Indian Medical Review
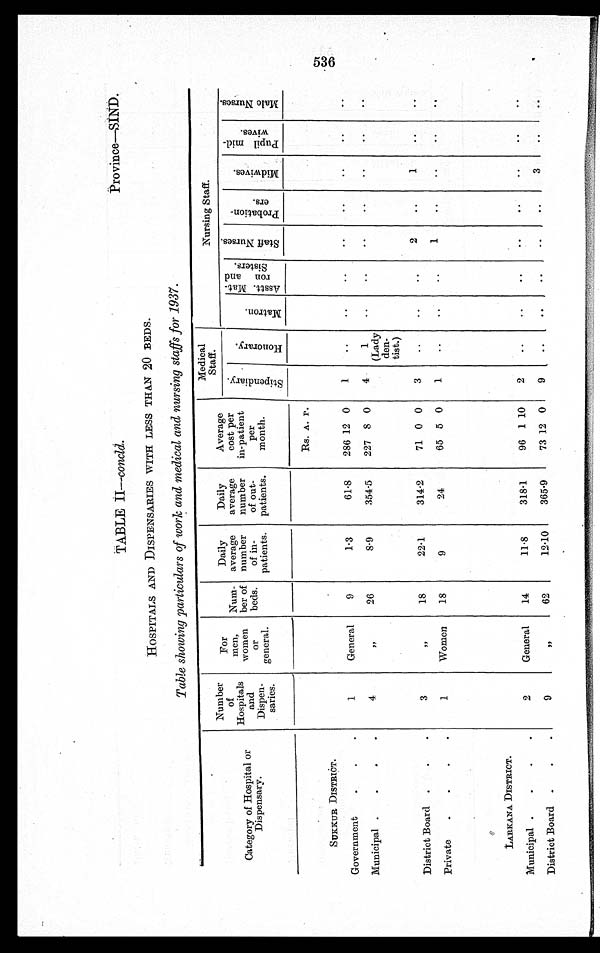
TABLE II—concld.
Province—SIND.
HOSPITALS AND DISPENSARIES WITH LESS THAN 20 BEDS.
Table showing particulars of work and medical and nursing staff for 1937.
Category of Hospital or
Dispensary.
Number
o f
Hospitals
and
Dispen-
saries.
For
men,
women
o r
g e n e r a l .
Num-
ber of
beds.
Daily
average
number
of in-
patients.
Daily
average
number
of out-
patients.
Average
cost per
in-patient
per
month.
Medical
Staff.
Nursing Staff.
S t i p e n d i a r y .
H o n o r a y .
M a t r o n .
A s s t t . M a t - r o n a n d S i s t e r s .
S t a f f N u r s e s .
P r o b a t i o n - e r s .
M i d w i v e s .
p u p i l m i d - w i v e s .
M a l e N u r s e s .
SUKKUR DISTRICT.
1
General
9
1.3
61.8
Rs. A. P.
1
..
..
..
. .
. . ..
. .
Government
.
.
286 12 0
Municipal .
.
.
.
4
„
26
8.9
354.5
227 8 0
4
1
(Lady
den-
tist.)
..
..
. .
..
. .
. .
. .
District Board .
.
.
3
„
18
22.1
314.2
71 0 0
3
..
. .
..
2
..
1
..
. .
Private
.
.
.
.
1
Women
18
9
24
65 5 0
1
..
. .
..
1
..
..
. .
. .
I,ARKANA DISTRICT.
2
General
14
11.8
318.1
96 1 10
2
..
..
..
. .
..
. .
..
. .
Municipal .
.
.
.
District Board .
.
9
„
62
12.10
365.9
73 12 0
9
..
..
..
. .
..
3
..
..
536